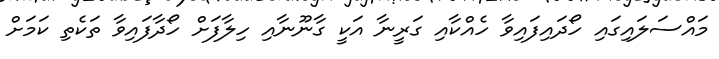
މައްސަލައިގައި ހޯދައިފައިވާ ހެއްކާއި ގަރީނާ އަކީ ގާނޫނާއި ހިލާފަށް ހޯދާފައިވާ ތަކެތި ކަމަށް